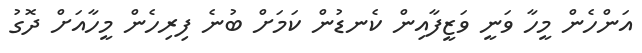
އަންހެން މީހާ ވަނީ ވަޒީފާއިން ކެނޑުން ކަމަށް ބުނެ ފިރިހެން މީހާއަށް ދޮގު